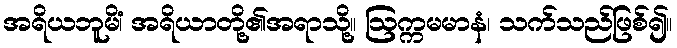
အရိယဘူမိံ၊ အရိယာတို့၏အရာသို့။ ဩက္ကမမာနံ၊ သက်သည်ဖြစ်၍။